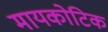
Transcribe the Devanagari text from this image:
मायकोटिक